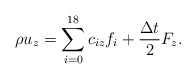
\begin{align*}\rho {u_z} = \sum\limits_{i = 0}^{18} {{c_{iz}}{f_i} + \frac{{\Delta t}}{2}{F_z}}. \end{align*}